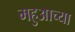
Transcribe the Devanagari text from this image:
महुआच्या